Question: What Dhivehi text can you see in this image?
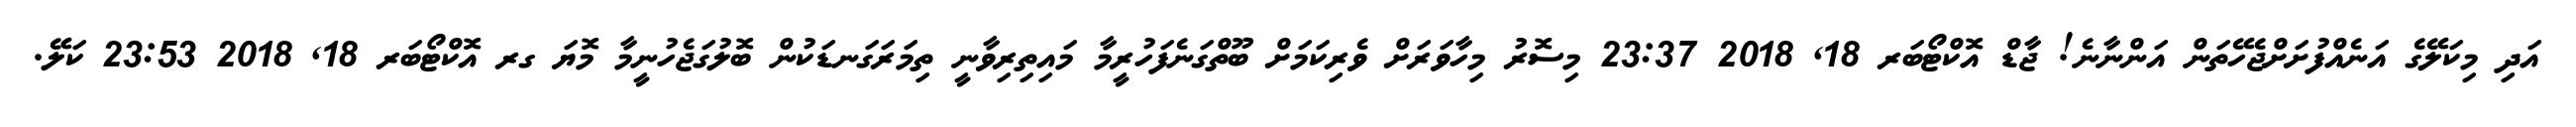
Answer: އަދި މިކަލޭގެ އަނެއްފުށަށްޖެހޭތަން އަންނާނެ! ޖާޑް އޮކްޓޯބަރ 18, 2018 23:37 މިސޮރު މިހާވަރަށް ވެރިކަމަށް ބޫތްގަނެފަހުރީމާ މައިތިރިވާނީ ތިމަރަގަނޑަކުން ބޮލުގަޖެހުނީމާ މޮޔަ ގރ އޮކްޓޯބަރ 18, 2018 23:53 ކަލޭ.